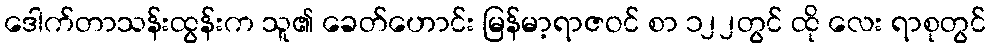
ဒေါက်တာသန်းထွန်းက သူ၏ ခေတ်ဟောင်း မြန်မာ့ရာဇဝင် စာ ၁၂၂တွင် ထို လေး ရာစုတွင်